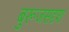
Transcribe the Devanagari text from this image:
बुरूजसदृश